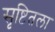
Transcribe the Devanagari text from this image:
सृष्टितला